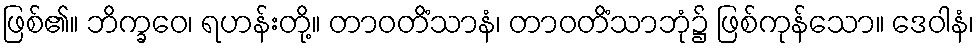
ဖြစ်၏။ ဘိက္ခဝေ၊ ရဟန်းတို့။ တာဝတိံသာနံ၊ တာဝတိံသာဘုံ၌ ဖြစ်ကုန်သော။ ဒေဝါနံ၊